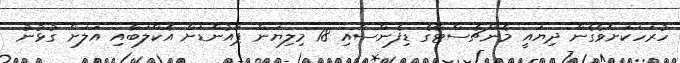
ހުރަހަކަށްވެގެން ދިޔައީ މެންޗެސްޓާގެ ޑިފެންސާއި 18 މިލިޔަން ޕައުންޑަށް އެކްލަބާއި އަލަށް ގުޅުނު